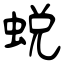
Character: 蛻